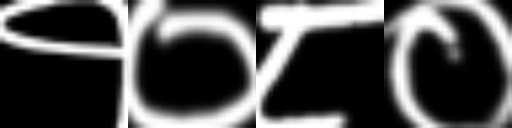
Text: १०८०